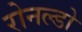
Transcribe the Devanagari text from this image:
रोनल्डो